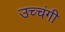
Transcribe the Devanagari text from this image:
उच्चंगी